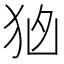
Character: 𭸂